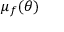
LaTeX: \mu _ { f } ( \theta )